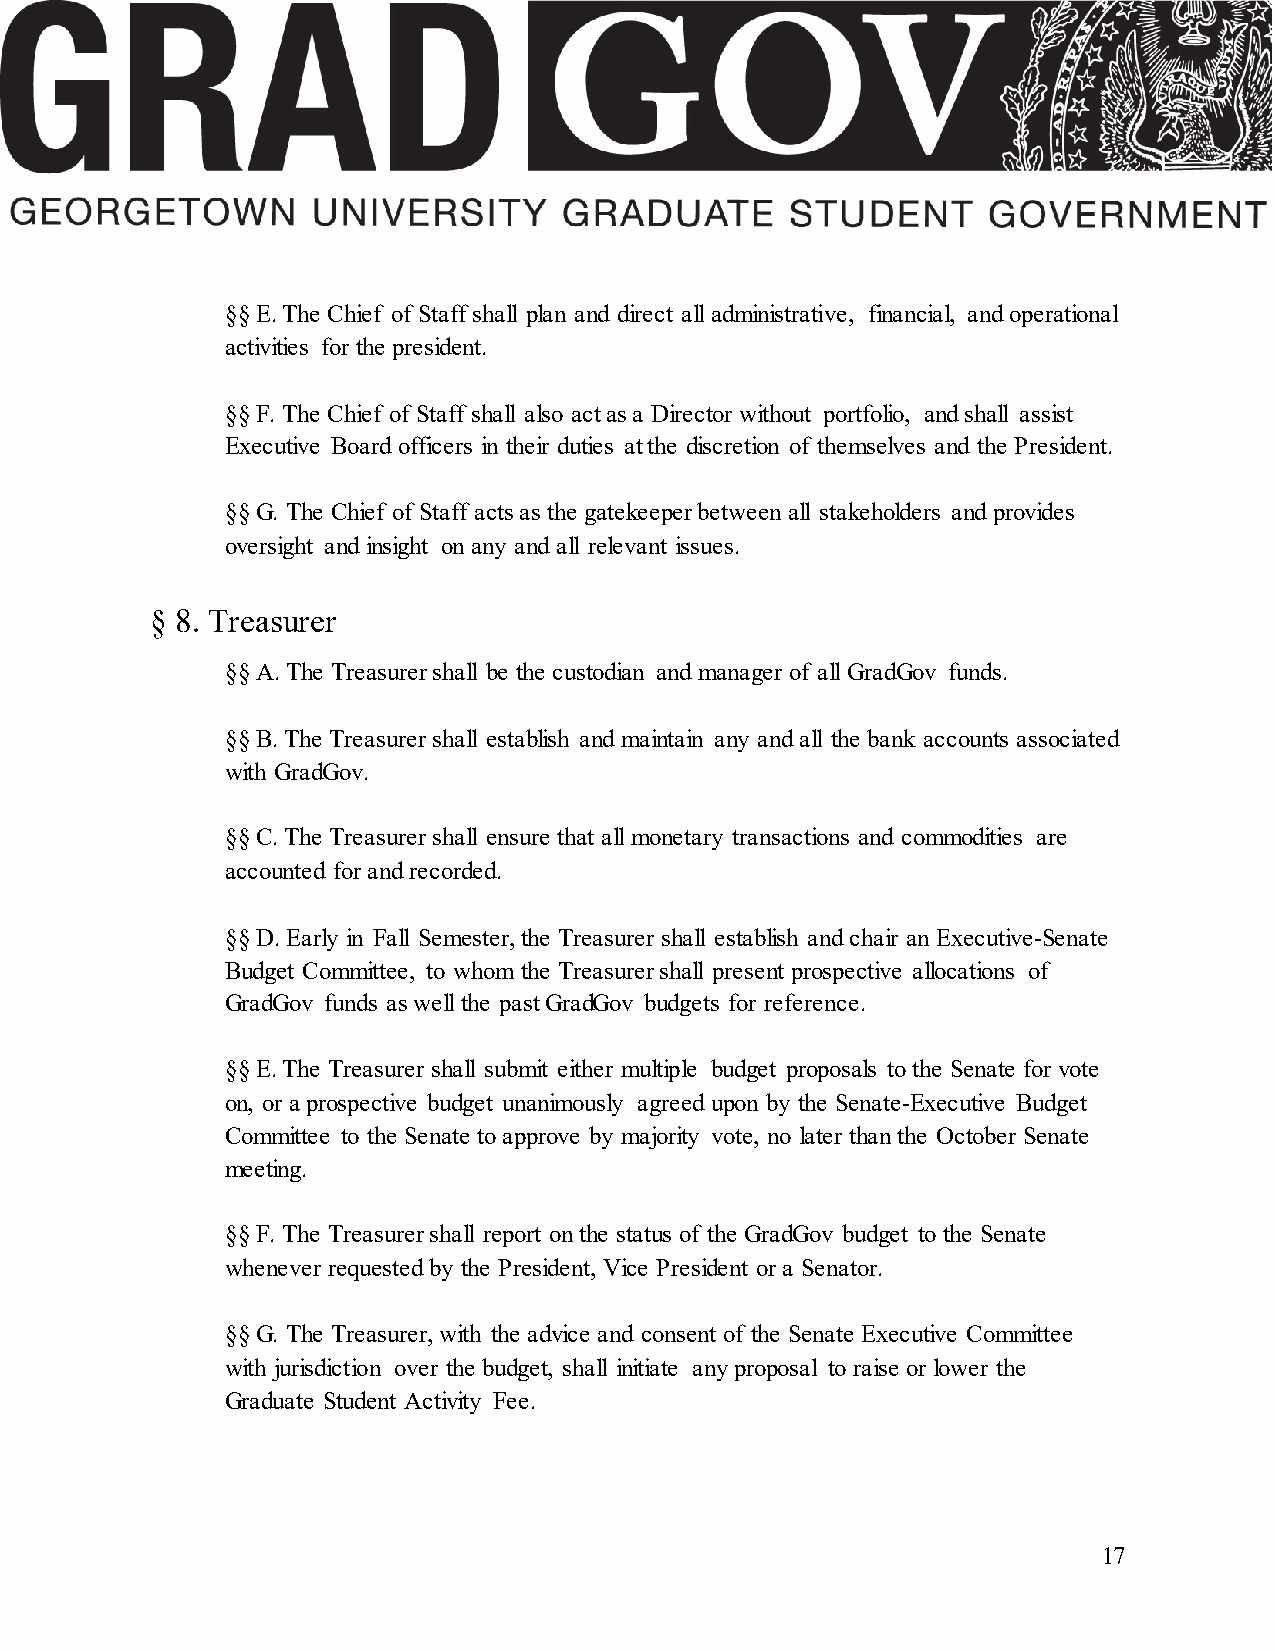
§§ E. The Chief of Staff shall plan and direct all administrative, financial, and operational
 activities for the president.
 §§ F. The Chief of Staff shall also act as a Director without portfolio, and shall assist
 Executive Board officers in their duties at the discretion of themselves and the President.
 §§ G. The Chief of Staff acts as the gatekeeper between all stakeholders and provides
 oversight and insight on any and all relevant issues.
 § 8. Treasurer
 §§ A. The Treasurer shall be the custodian and manager of all GradGov funds.
 §§ B. The Treasurer shall establish and maintain any and all the bank accounts associated
 with GradGov.
 §§ C. The Treasurer shall ensure that all monetary transactions and commodities are
 accounted for and recorded.
 §§ D. Early in Fall Semester, the Treasurer shall establish and chair an Executive-Senate
 Budget Committee, to whom the Treasurer shall present prospective allocations of
 GradGov funds as well the past GradGov budgets for reference.
 §§ E. The Treasurer shall submit either multiple budget proposals to the Senate for vote
 on, or a prospective budget unanimously agreed upon by the Senate-Executive Budget
 Committee to the Senate to approve by majority vote, no later than the October Senate
 meeting.
 §§ F. The Treasurer shall report on the status of the GradGov budget to the Senate
 whenever requested by the President, Vice President or a Senator.
 §§ G. The Treasurer, with the advice and consent of the Senate Executive Committee
 with jurisdiction over the budget, shall initiate any proposal to raise or lower the
 Graduate Student Activity Fee.
 17